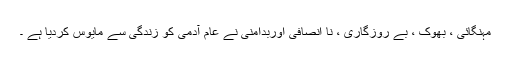
مہنگائی ، بھوک ، بے روزگاری ، نا انصافی اوربدامنی نے عام آدمی کو زندگی سے مایوس کردیا ہے ۔